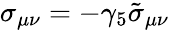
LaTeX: \sigma_{\mu\nu}=-\gamma_{5}\tilde{\sigma}_{\mu\nu}